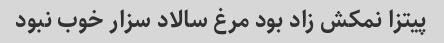
پیتزا نمکش زاد بود مرغ سالاد سزار خوب نبود